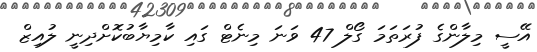
އޭސީ މިލާންގެ ފުރަތަމަ ގޯލް 47 ވަނަ މިނެޓް ގައި ކާމިޔާބުކޮށްދިނީ ލުއިޒް